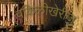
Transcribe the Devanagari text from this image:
वकिलीखेरीज